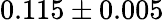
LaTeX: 0.115\pm 0.005